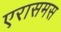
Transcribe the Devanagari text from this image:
एरासमस